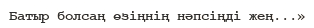
Батыр болсаң өзіңнің нәпсіңді жең...»